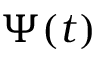
\Psi ( t )